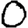
Digit: 0